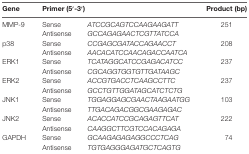
<table><thead><tr><td><b>Gene</b></td><td colspan="2"><b>Primer (5′-3′)</b></td><td><b>Product (bp)</b></td></tr></thead><tbody><tr><td>MMP-9</td><td>Sense</td><td><i>ATCCGCAGTCCAAGAAGATT</i></td><td>251</td></tr><tr><td></td><td>Antisense</td><td><i>GCCAGAGAACTCGTTATCCA</i></td><td></td></tr><tr><td>p38</td><td>Sense</td><td><i>CCGAGCGATACCAGAACCT</i></td><td>208</td></tr><tr><td></td><td>Antisense</td><td><i>AACACATCCAACAGACCAATCA</i></td><td></td></tr><tr><td>ERK1</td><td>Sense</td><td><i>TCATAGGCATCCGAGACATCC</i></td><td>237</td></tr><tr><td></td><td>Antisense</td><td><i>CGCAGGTGGTGTTGATAAGC</i></td><td></td></tr><tr><td>ERK2</td><td>Sense</td><td><i>ACCGTGACCTCAAGCCTTC</i></td><td>237</td></tr><tr><td></td><td>Antisense</td><td><i>GCCTGTTGGATAGCATCTCTG</i></td><td></td></tr><tr><td>JNK1</td><td>Sense</td><td><i>TGGAGGAGCGAACTAAGAATGG</i></td><td>103</td></tr><tr><td></td><td>Antisense</td><td><i>TTGACAGACGGCGAAGAGAC</i></td><td></td></tr><tr><td>JNK2</td><td>Sense</td><td><i>ACACCATCCGCAGAGTTCAT</i></td><td>222</td></tr><tr><td></td><td>Antisense</td><td><i>CAAGGCTTCGTCCACAGAGA</i></td><td></td></tr><tr><td>GAPDH</td><td>Sense</td><td><i>GCAAGAGAGAGGCCCTCAG</i></td><td>74</td></tr><tr><td></td><td>Antisense</td><td><i>TGTGAGGGAGATGCTCAGTG</i></td><td></td></tr></tbody></table>